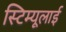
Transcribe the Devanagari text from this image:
स्टिम्यूलाई